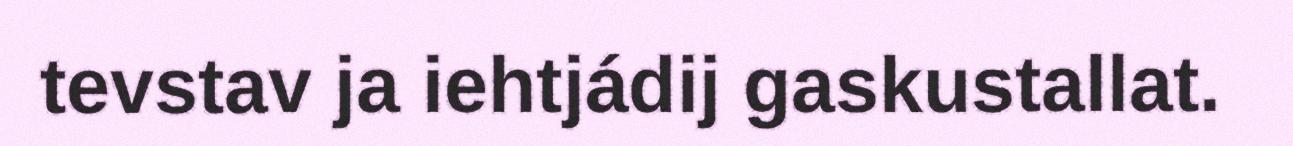
tevstav ja iehtjádij gaskustallat.